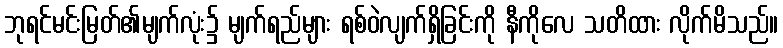
ဘုရင်မင်းမြတ်၏မျက်လုံး၌ မျက်ရည်များ ရစ်ဝဲလျက်ရှိခြင်းကို နီကိုလေ သတိထား လိုက်မိသည်။